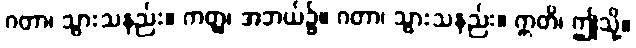
ဂတာ၊ သွားသနည်း။ ကတ္ထ၊ အဘယ်၌။ ဂတာ၊ သွားသနည်း။ ဣတိ၊ ဤသို့။